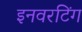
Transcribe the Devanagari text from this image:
इनवरटिंग